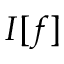
I [ f ]